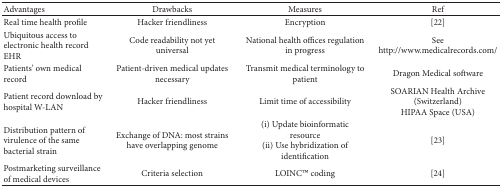
| Advantages | Drawbacks | Measures | Ref |
 | --- | --- | --- | --- |
 | Real time health profile | Hacker friendliness | Encryption | [22] |
 | Ubiquitous access to electronic health record EHR | Code readability not yet universal | National health offices regulation in progress | See http://www.medicalrecords.com/ |
 | Patients' own medical record | Patient-driven medical updates necessary | Transmit medical terminology to patient | Dragon Medical software |
 | Patient record download by hospital W-LAN | Hacker friendliness | Limit time of accessibility | SOARIAN Health Archive (Switzerland)HIPAA Space (USA) |
 | Distribution pattern of virulence of the same bacterial strain | Exchange of DNA: most strains have overlapping genome | (i) Update bioinformatic resource(ii) Use hybridization of identification | [23] |
 | Postmarketing surveillance of medical devices | Criteria selection | LOINCTM coding | [24] |